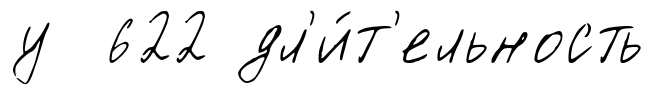
у 622 дл'и́т'ельность